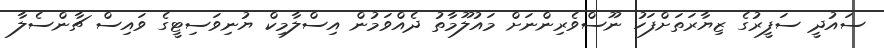
ސައުދީ ސަފީރުގެ ޒިޔާރަތަށްފަހު ނޫސްވެރިންނަށް މައުލޫމާތު ދެއްވަމުން އިސްލާމިކް ޔުނިވަސިޓީގެ ވައިސް ޗާންސެލާ